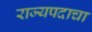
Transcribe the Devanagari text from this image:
राज्यपदाचा